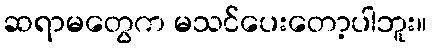
ဆရာမတွေက မသင်ပေးတော့ပါဘူး။